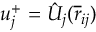
u _ { j } ^ { + } = \hat { U } _ { j } ( \overline { { \boldsymbol { r } } } _ { i j } )